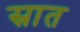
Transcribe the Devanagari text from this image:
स्रात